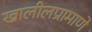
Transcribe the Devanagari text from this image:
खालीलप्रामाणे